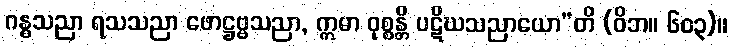
ဂန္ဓသညာ ရသသညာ ဖောဋ္ဌဗ္ဗသညာ, ဣမာ ဝုစ္စန္တိ ပဋိဃသညာယော”တိ (ဝိဘ။ ၆၀၃)။